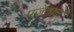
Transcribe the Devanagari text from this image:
पूजेताल